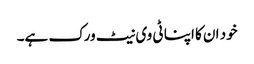
خود ان کا اپنا ٹی وی نیٹ ورک ہے۔